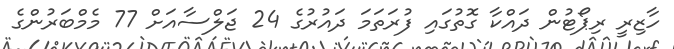
ހާޒިރީ ރިޕޯޓުން ދައްކާ ގޮތުގައި ފުރަތަމަ ދައުރުގެ 24 ޖަލްސާއަށް 77 މެމްބަރުންގެ